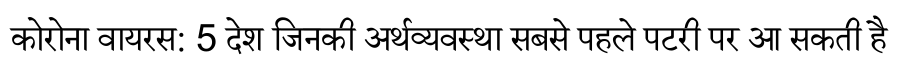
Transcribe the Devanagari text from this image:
कोरोना वायरस: 5 देश जिनकी अर्थव्यवस्था सबसे पहले पटरी पर आ सकती है